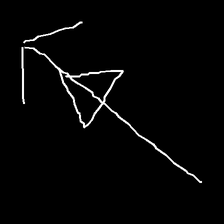
Glyph: pull